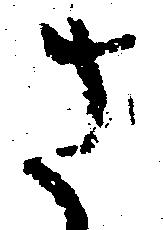
さ